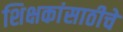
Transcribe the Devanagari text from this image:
शिक्षकांसाठीचे